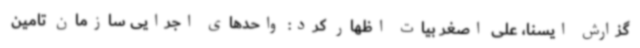
گزارش ایسنا، علی اصغر بیات اظهار کرد: واحدهای اجرایی سازمان تامین